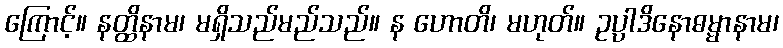
ကြောင့်။ နတ္ထိနာမ၊ မရှိသည်မည်သည်။ န ဟောတိ၊ မဟုတ်။ ဥပ္ပါဒိနောဓမ္မာနာမ၊